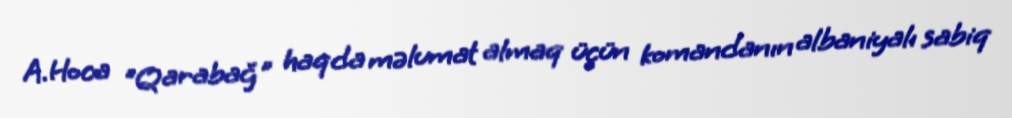
A.Hoca "Qarabağ" haqda məlumat almaq üçün komandanın albaniyalı sabiq